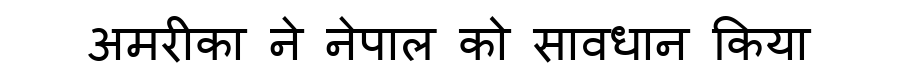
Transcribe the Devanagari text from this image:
अमरीका ने नेपाल को सावधान किया